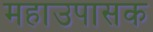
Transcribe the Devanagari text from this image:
महाउपासक